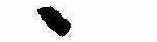
ゝ